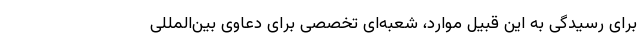
برای رسیدگی به این قبیل موارد، شعبه‌ای تخصصی برای دعاوی بین‌المللی